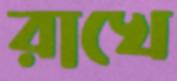
রাখে